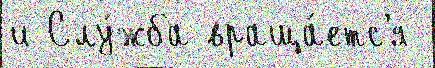
и Слу́жба враща́етс'я